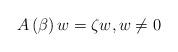
LaTeX: \begin{align*}A\left( \beta\right) w=\zeta w,w\not =0 \end{align*}